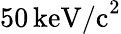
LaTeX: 50\, \mathrm{keV/c}^{2}